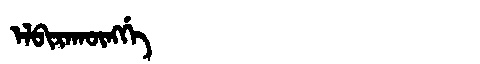
Manchu: ᡝᠯᠪᡳᡵᠠᡴᡡᠩᡤᡝ
Romanization: ELBIRAKŪNGGE